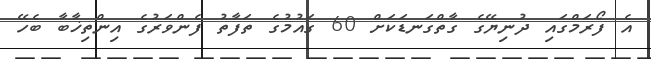
އެ ފޯރަމްގައި ދުނިޔޭގެ ގާތްގަނޑަކަށް 60 ގައުމުގެ ތަފާތު ފެންވަރުގެ އިންތިޚާބާ ބެހޭ